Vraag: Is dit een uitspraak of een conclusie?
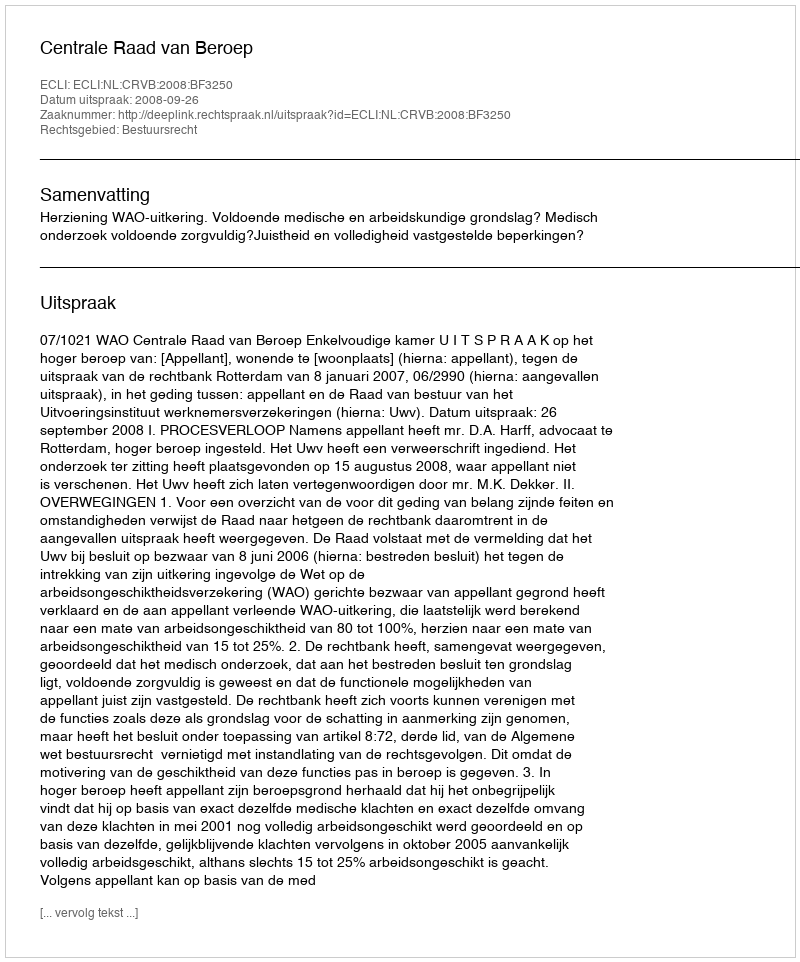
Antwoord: Uitspraak